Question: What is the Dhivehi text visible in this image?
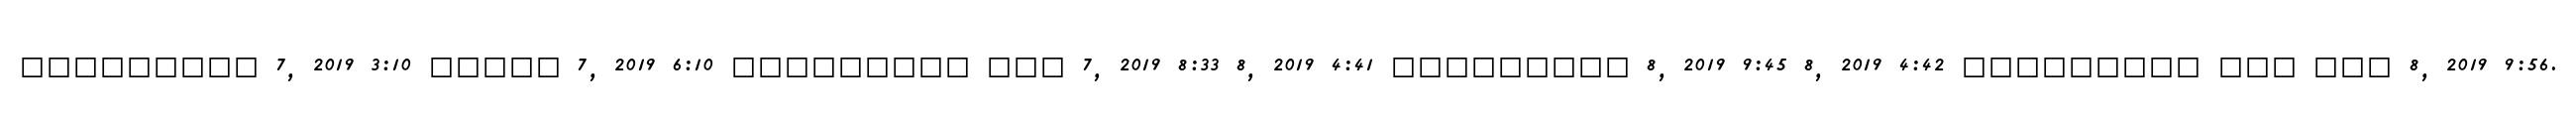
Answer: ????????? 7, 2019 3:10 ????? 7, 2019 6:10 ????????? ??? 7, 2019 8:33 8, 2019 4:41 ????????? 8, 2019 9:45 8, 2019 4:42 ????????? ??? ??? 8, 2019 9:56.